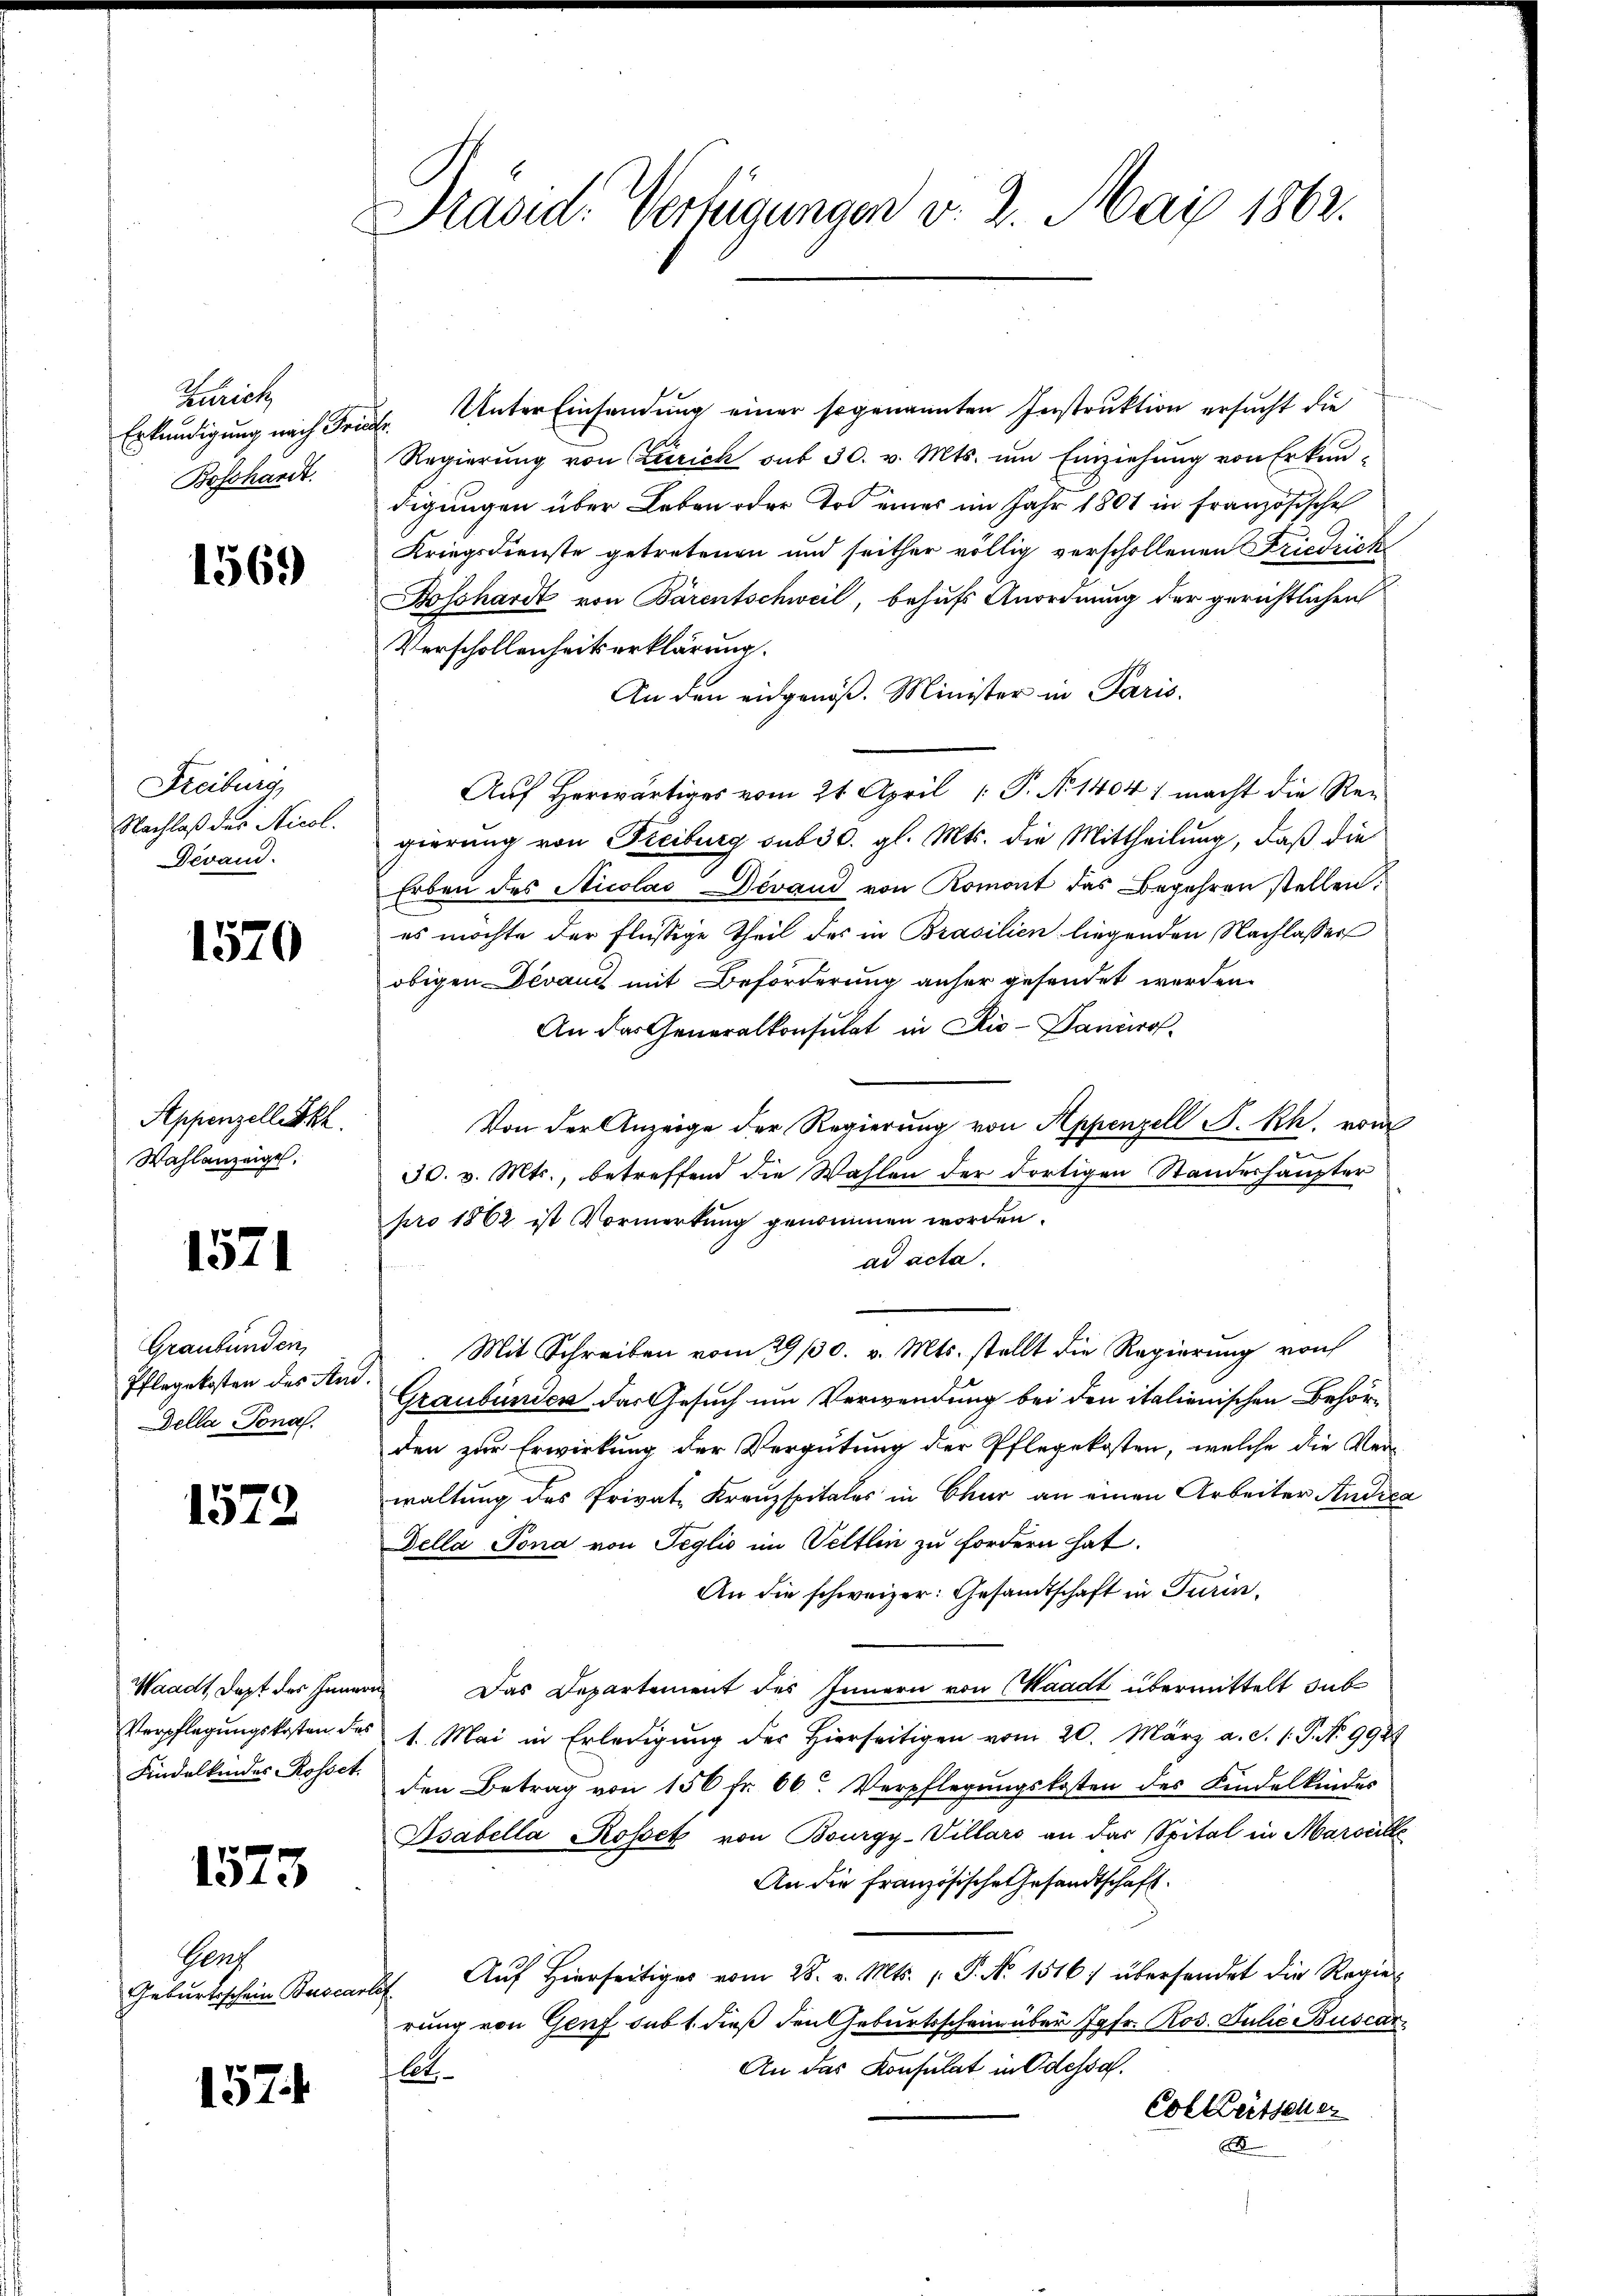
Zürich
Erkundigung nach Fr.
Boschardt.

1569

Freiburg,
Nachlaß der Nicol.
Devand.

1570

Appenzellik
Wahlanzeige,

1571

Graubünden
Pflegekosten des Ani
Della Pona.

1572

Waadt, dept der Inner
Verpflegungskosten des
Findelkindes Rosset.

1573

1574

Gens
Geburtsschein Buscar

Prasid. Verfügungen v. 2. Mai 1862.

n
Unter Einsendung einer sogenannten Instruktion ersucht die
.
Regierung von Zürich auf 30. v. Mts. um Einziehung von Erkundigungen über Leben oder Tod eines im Jahr 1801 in Französische
Kriegsdienste getretenen und seither völlig verschollenen Friedricke
Bosshardt von Bärentschweil, behufs Anordnung der gerichtlichen
Verschollenheitserklärung.
An den eidgenöß. Minister in Paris.
Auf Herwärtiges vom 21. April [ P. N. 1404 1 macht die Regierung von Freiburg sub 30. gl. Mts. die Mittheilung, daß die
Erben des Nicolas evand von Romont das Begehren stellen.
es möchte der Flüssige Theil des in Brasilien liegenden Nachlasser
obigen Devanz mit Beförderung anher gesendet werden.
An das Generalkonsulat in Rio-Paneiro
Von der Anzeige der Regierung von Appenzell A. Rh. vom
30. v. Mts., betreffend die Wahlen der dortigen Standeshaupter
pro 1862 ist Vormerkung genommen worden.
ad acta.
Mit Schreiben vom 29./30. v. Mts. stellt die Regierŭng von
Graubünden das Gesuch um Verwendung bei den italienischen Behörden zur Erwirkung der Vergütung der Pflegekosten, welche die Ver-
waltung des Privat-Kreuzspitales in Chur an einen Arbeiter Andica
Della Pona von Jeglio im Settlen zu fordern hat.
An die schweizer: Gesandtschaft in Turin,
 Das Departement des Innern von (Waadt übermittelt sub
1. Mai in Erledigung des Hierseitigen vom 20. März a. d. 1. P. No 992
den Betrag von 150 fr. 66. Verpflegŭngskosten des Kindelkindes
Osabella Rosset von Bourgy-Villars an das Spital in Marseille
An die französische Gesandtschaft.
Auf Hierseitiges vom 28. v. Mts. (: P. Nr. 1516: übersendet die Regierung von Genf subt dieß den Geburtsschein über Jgfr. Ros. Julie Buscar
An das Konsulat in Odessa.
let.
Col Reitscher
S